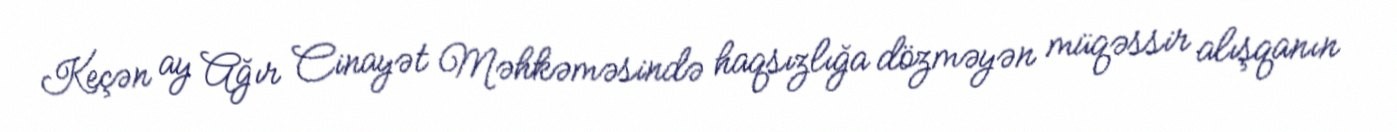
Keçən ay Ağır Cinayət Məhkəməsində haqsızlığa dözməyən müqəssir alışqanın